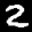
Label: 2